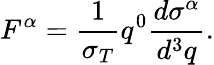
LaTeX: F^{\alpha}=\frac{1}{\sigma_{T}}q^{0}\frac{d\sigma^{\alpha}}{d^{3}q}.